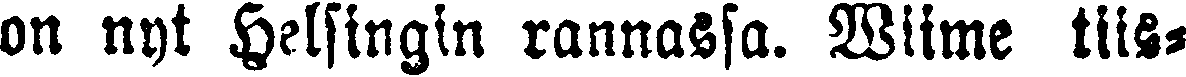
on nyt Helsingin rannassa. Wiime tiis-